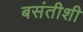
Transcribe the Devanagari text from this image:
बसंतीशी